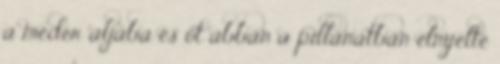
a meder aljába és őt abban a pillanatban elnyelte